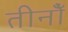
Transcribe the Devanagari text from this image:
तीनोँ